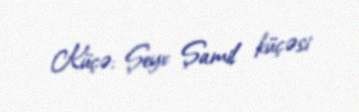
Küçə: Şeyx Şamil küçəsi